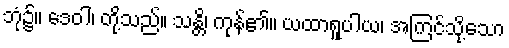
ဘုံ၌။ ဒေဝါ၊ တို့သည်။ သန္တိ၊ ကုန်၏။ ယထာရူပါယ၊ အကြင်သို့သော